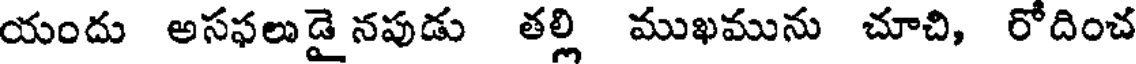
యందు అసఫలుడై నపుడు తల్లి ముఖమును చూచి, రోదించ